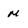
Character: m